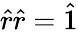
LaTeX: \hat{r}\hat{r}=\hat{1}